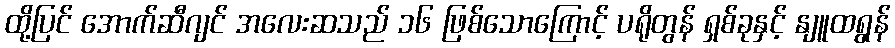
ထို့ပြင် အောက်ဆီဂျင် အလေးဆသည် ၁၆ ဖြစ်သောကြောင့် ပရိုတွန် ရှစ်ခုနှင့် နျူထရွန်